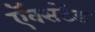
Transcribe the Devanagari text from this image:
ऍक्सटेंड